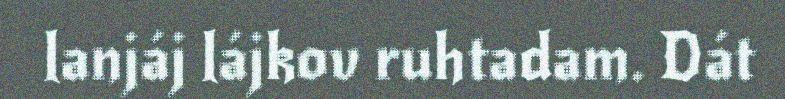
lanjáj lájkov ruhtadam. Dát